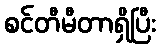
စင်တီမီတာရှိပြီး